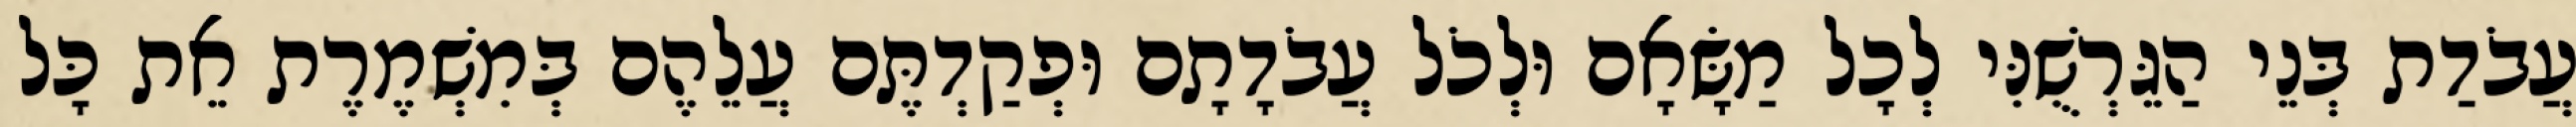
עֲבֹדַת בְּנֵי הַגֵּרְשֻׁנִּי לְכָל מַשָּׂאָם וּלְכֹל עֲבֹדָתָם וּפְקַדְתֶּם עֲלֵהֶם בְּמִשְׁמֶרֶת אֵת כָּל